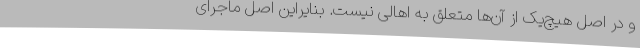
و در اصل هیچ‌یک از آن‌ها متعلق به اهالی نیست. بنایراین اصل ماجرای